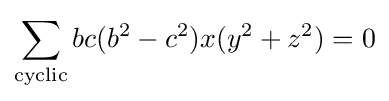
\sum _{\text{cyclic}}bc(b^{2}-c^{2})x(y^{2}+z^{2})=0